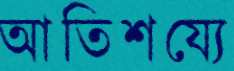
আতিশয্যে